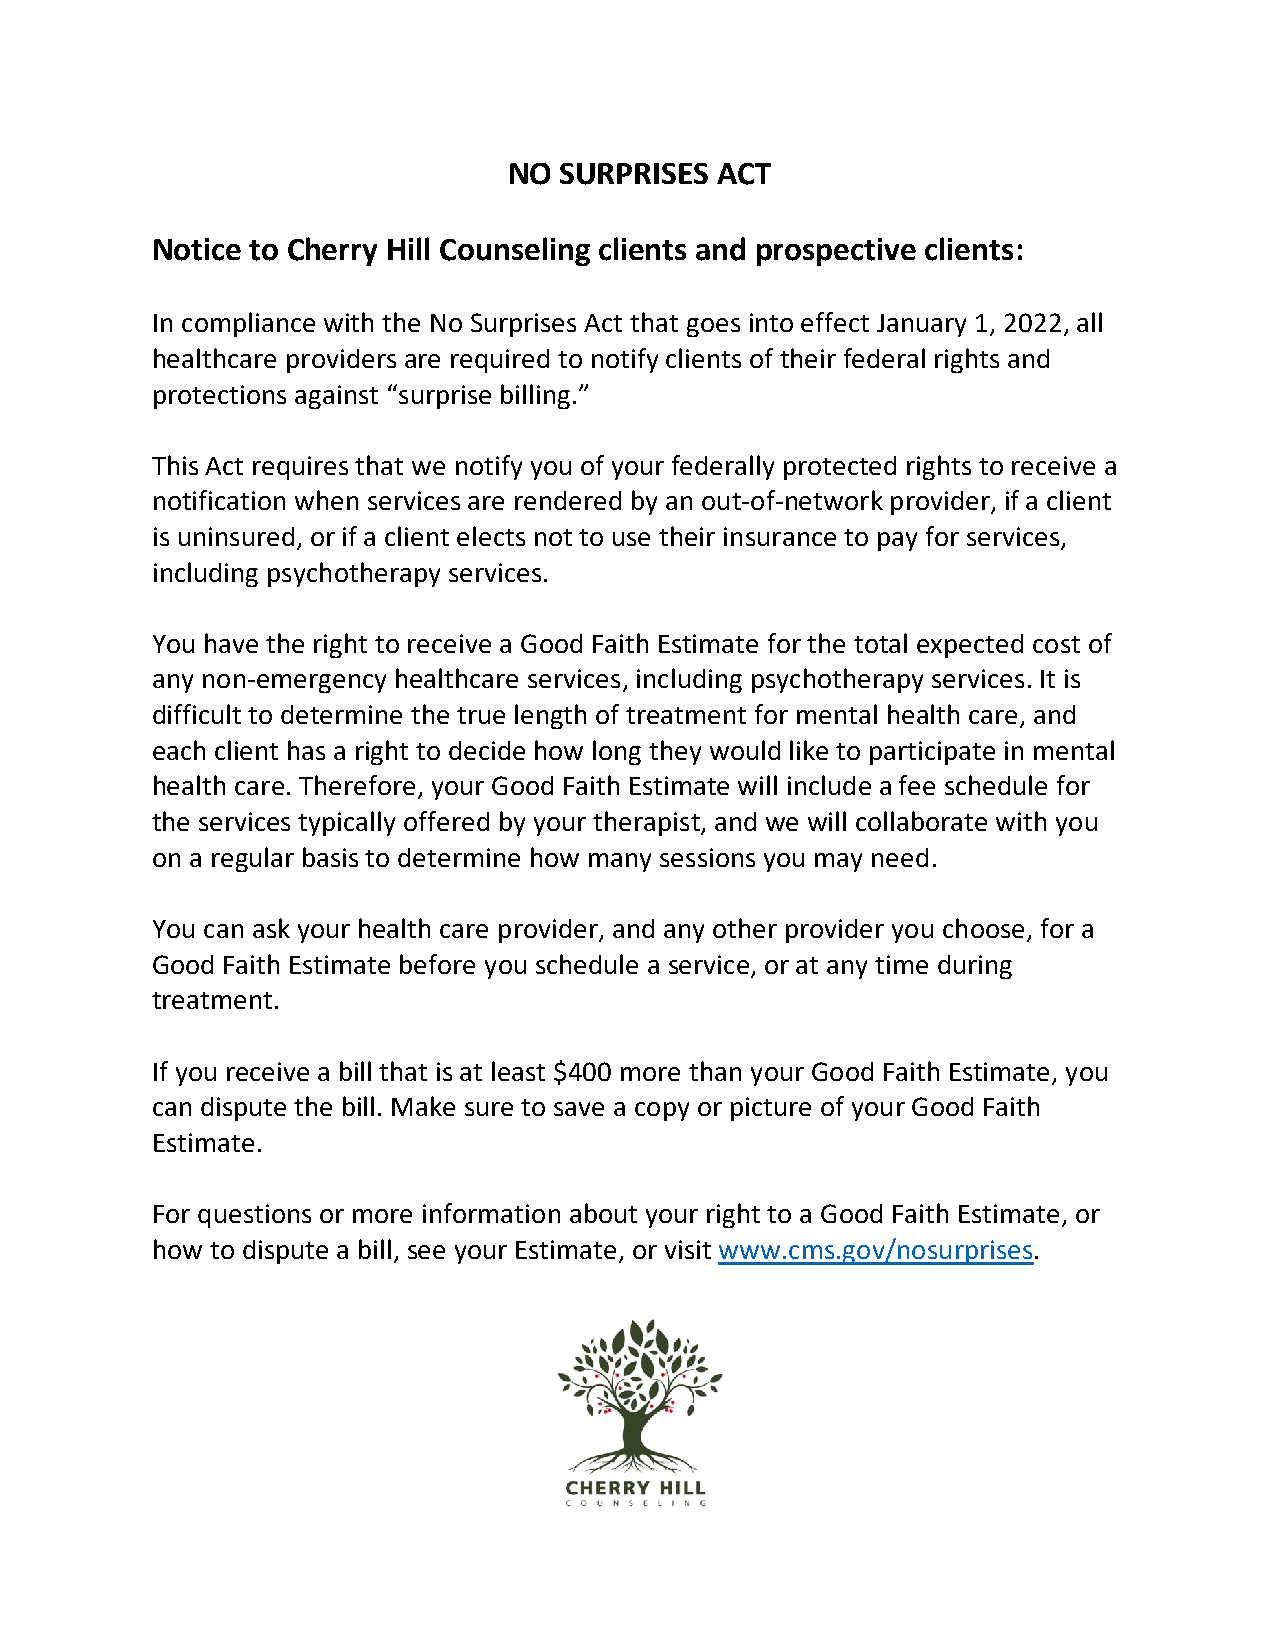
NO SURPRISES ACT
 Notice to Cherry Hill Counseling clients and prospective clients:
 In compliance with the No Surprises Act that goes into effect January 1, 2022, all
 healthcare providers are required to notify clients of their federal rights and
 protections against “surprise billing.”
 This Act requires that we notify you of your federally protected rights to receive a
 notification when services are rendered by an out-of-network provider, if a client
 is uninsured, or if a client elects not to use their insurance to pay for services,
 including psychotherapy services.
 You have the right to receive a Good Faith Estimate for the total expected cost of
 any non-emergency healthcare services, including psychotherapy services. It is
 difficult to determine the true length of treatment for mental health care, and
 each client has a right to decide how long they would like to participate in mental
 health care. Therefore, your Good Faith Estimate will include a fee schedule for
 the services typically offered by your therapist, and we will collaborate with you
 on a regular basis to determine how many sessions you may need.
 You can ask your health care provider, and any other provider you choose, for a
 Good Faith Estimate before you schedule a service, or at any time during
 treatment.
 If you receive a bill that is at least $400 more than your Good Faith Estimate, you
 can dispute the bill. Make sure to save a copy or picture of your Good Faith
 Estimate.
 For questions or more information about your right to a Good Faith Estimate, or
 how to dispute a bill, see your Estimate, or visit www.cms.gov/nosurprises.